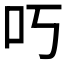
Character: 𫩐